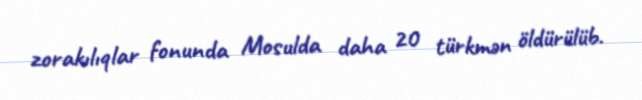
zorakılıqlar fonunda Mosulda daha 20 türkmən öldürülüb.